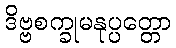
ဒိဗ္ဗစက္ခုမနုပ္ပတ္တော